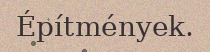
Építmények.